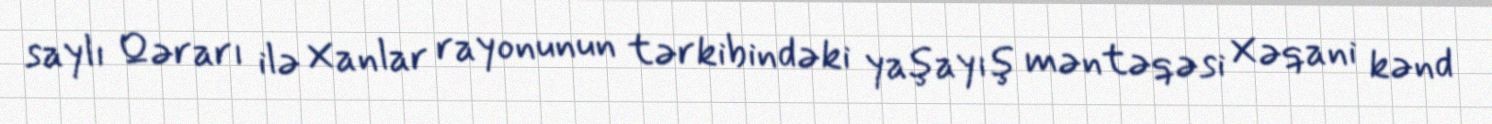
saylı Qərarı ilə Xanlar rayonunun tərkibindəki yaşayış məntəqəsi Xəqani kənd